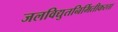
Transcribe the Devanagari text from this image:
जलविद्युतनिर्मितीकरता